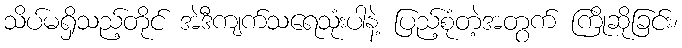
သိပ်မရှိသည့်တိုင် အဲဒီကျက်သရေသုံးပါနဲ့ ပြည့်စုံတဲ့အတွက် ကြိုဆိုခြင်း၊